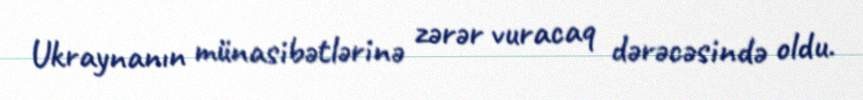
Ukraynanın münasibətlərinə zərər vuracaq dərəcəsində oldu.